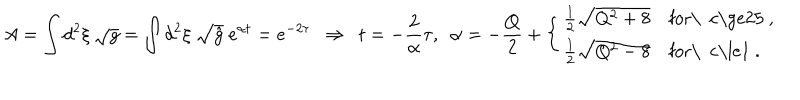
LaTeX: A = \int d ^ { 2 } \xi \ { \sqrt g } = \int d ^ { 2 } \xi \ { \sqrt { \hat { g } } } \ e ^ { \alpha t } = e ^ { - 2 \tau } \ \ \Rightarrow \ \ t = - { \frac { 2 } { \alpha } } \tau , \ \ \alpha = - { \frac { Q } { 2 } } + \left\{ \begin{array} { l l } { { { \frac { 1 } { 2 } } { \sqrt { Q ^ { 2 } + 8 } } } } & { { \mathrm { f o r \ ~ c \ge 2 5 ~ , } } } \\ { { { \frac { 1 } { 2 } } { \sqrt { Q ^ { 2 } - 8 } } } } & { { \mathrm { f o r \ ~ c \le 1 ~ . } } } \\ \end{array} \right.